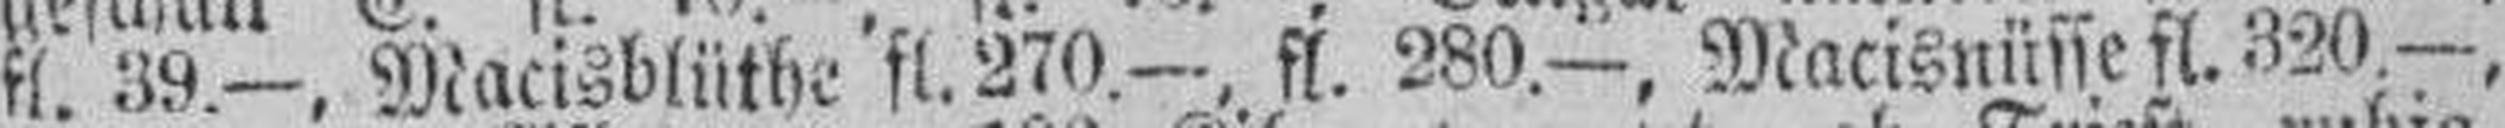
fl. 39.—, Macisblüthe fl. 270.—, fl. 280.—, Macisnüsse fl. 320.—.